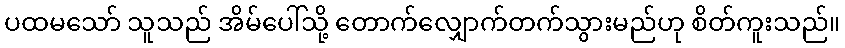
ပထမသော် သူသည် အိမ်ပေါ်သို့ တောက်လျှောက်တက်သွားမည်ဟု စိတ်ကူးသည်။